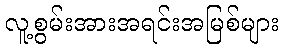
လူ့စွမ်းအားအရင်းအမြစ်များ